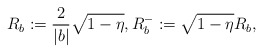
\begin{align*} R_{b}:=\frac{2}{|b|}\sqrt{1-\eta}, R_{b}^{-}:=\sqrt{1-\eta}R_{b},\end{align*}